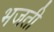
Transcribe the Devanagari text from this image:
भजती